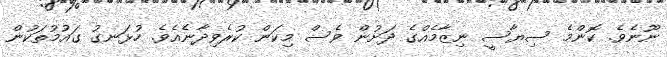
ނޫނެވެ. ކޮންމެ ސިޔާސީ ނިޒާމެއްގެ ދަށުން ވެސް މިކަން ކުރެވިދާނެއެވެ. ހުޅަނގު ގައުމުތަކުން